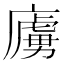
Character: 㢚